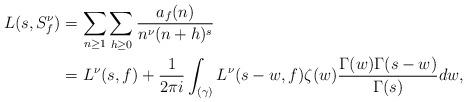
LaTeX: \begin{align*} L(s, S_f^\nu) &= \sum_{n \geq 1}\sum_{h \geq 0} \frac{a_f(n)}{n^\nu (n+h)^s} \\ &= L^\nu(s,f) + \frac{1}{2\pi i} \int_{(\gamma)} L^\nu(s -w,f) \zeta(w)\frac{\Gamma(w)\Gamma(s - w)}{\Gamma(s)}dw, \end{align*}